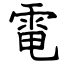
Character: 電